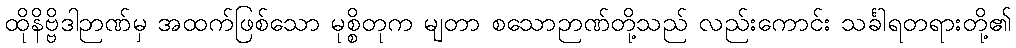
ထိုနိဗ္ဗိဒါဉာဏ်မှ အထက်ဖြစ်သော မုစ္စိတုက မျတာ စသောဉာဏ်တို့သည် လည်းကောင်း သင်္ခါရတရားတို့၏